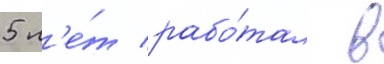
5 л'е́т рабо́тал в